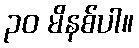
၃၀ မိနစ်ပါ။